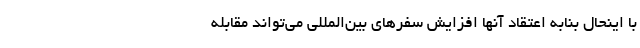
با اینحال بنابه اعتقاد آنها افزایش سفرهای بین‌المللی می‌تواند مقابله